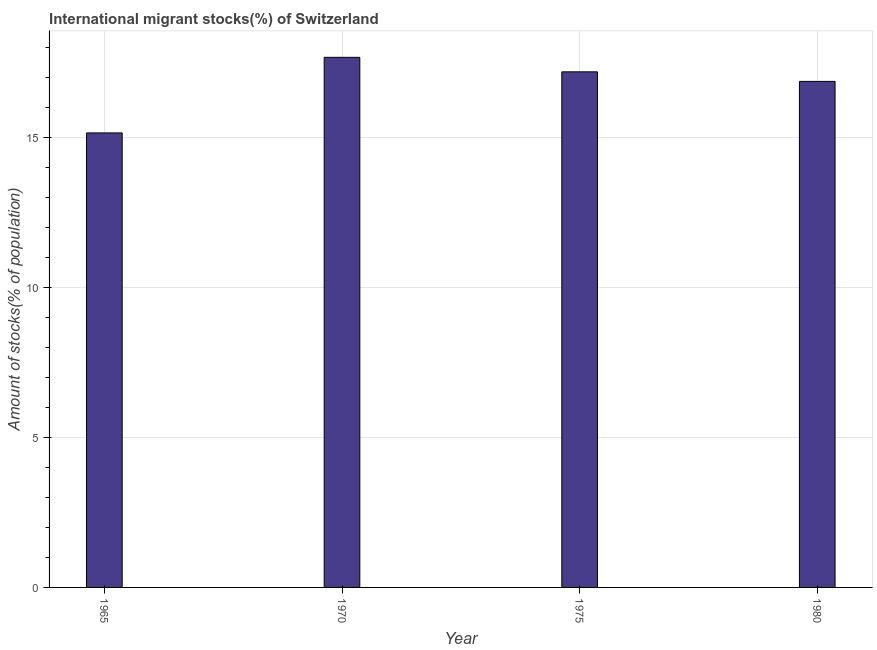
| Year | International migrant stock |
 | --- | --- |
 | 1965 | 15.1 |
 | 1970 | 17.7 |
 | 1975 | 17.2 |
 | 1980 | 16.9 |